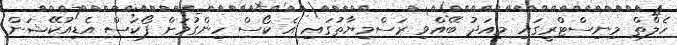
ހެލްތް މިނިސްޓްރީގައި މިއަދު ބޭއްވި ރަސްމިޔާތުގައި އެ ކޯސް ހިންގުމަށް ފޯކަސް އެޑިއުކޭޝަން